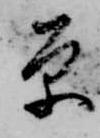
原